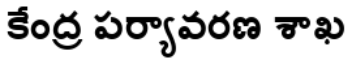
కేంద్ర పర్యావరణ శాఖ